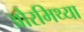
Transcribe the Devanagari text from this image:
औरमिथ्या